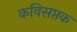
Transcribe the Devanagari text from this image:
कविसप्तक